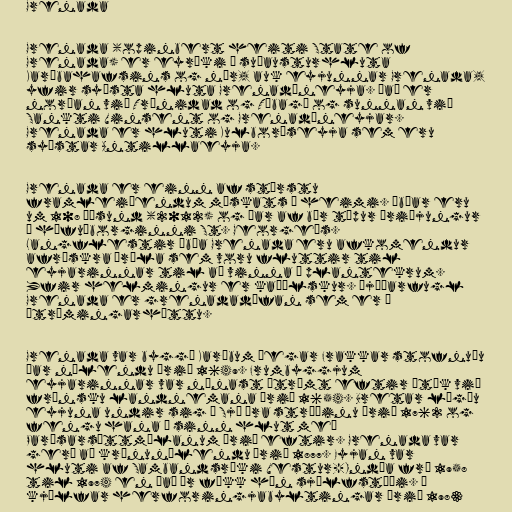
Grenada

Grenada (opinbert heiti State of
Grenada) er eyríki í suðausturhluta
Karíbahafsins og nær, auk eyjunnar Grenada,
yfir syðsta hluta Grenadíneyja. Það er
norðan við Trínidad og Tóbagó og sunnan við
Sankti Vinsent og Grenadíneyjar.
Grenada er hluti Kulborðseyja sem eru
syðstar Antillaeyja.

Grenada er einn af stærstu
framleiðendum múskats í heimi. Íbúar eru
um 108 þúsund (2012) og þar af býr tæpur þriðjungur
í höfuðborginni St. George's.
Langflestir íbúa Grenada eru afkomendur
afrískra þræla sem voru fluttir til
eyjarinnar til að vinna á plantekrum.
Yfir helmingur er kaþólskur. Þjóðarfugl
Grenada er grenadadúfan sem er í
útrýmingarhættu.

Grenada var byggð Karíbum þegar Frakkar stofnuðu
þar nýlendu árið 1649. Frumbyggjum
eyjarinnar var nánast útrýmt eftir átök við
frönsku landnemana árið 1654. Bretar lögðu
eyjuna undir sig í Sjö ára stríðinu árið 1762 og
fengu hana í sinn hlut með
Parísarsáttmálanum árið eftir. Grenada var
gerð að krúnunýlendu árið 1877. Eyjan var
hluti af Sambandsríki Vestur-Indía frá 1958
til 1974 en það ár fékk hún sjálfstæði. Í
kjölfar herforingjabyltingar árið 1983